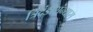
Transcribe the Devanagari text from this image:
त्रिदंडीसंन्यास